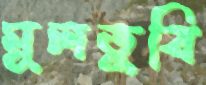
মুলতুবি